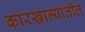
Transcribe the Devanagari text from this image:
कारखान्यांतील